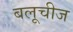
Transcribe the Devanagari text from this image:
बलूचीज